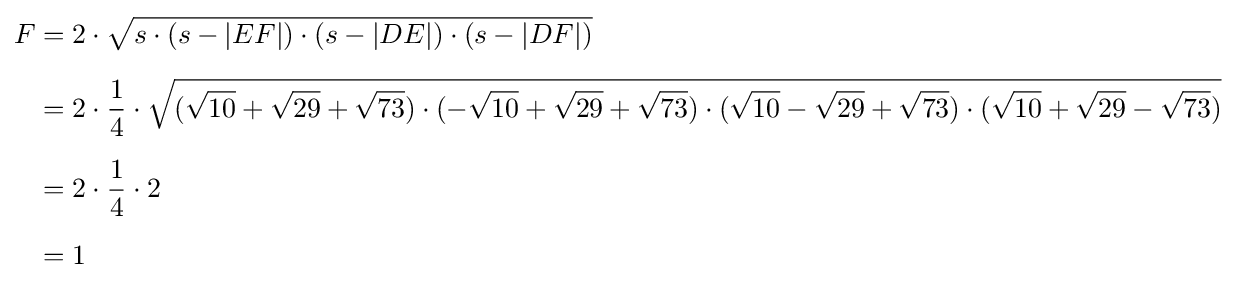
{\begin{aligned}F&=2\cdot {\sqrt {s\cdot (s-|EF|)\cdot (s-|DE|)\cdot (s-|DF|)}}\\[5pt]&=2\cdot {\frac {1}{4}}\cdot {\sqrt {({\sqrt {10}}+{\sqrt {29}}+{\sqrt {73}})\cdot (-{\sqrt {10}}+{\sqrt {29}}+{\sqrt {73}})\cdot ({\sqrt {10}}-{\sqrt {29}}+{\sqrt {73}})\cdot ({\sqrt {10}}+{\sqrt {29}}-{\sqrt {73}})}}\\[5pt]&=2\cdot {\frac {1}{4}}\cdot 2\\[5pt]&=1\end{aligned}}